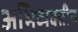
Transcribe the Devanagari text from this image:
अभिव्यक्तीत